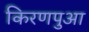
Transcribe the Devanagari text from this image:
किरणपुआ